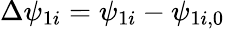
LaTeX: \Delta\psi_{1i}=\psi_{1i}-\psi_{1i,0}